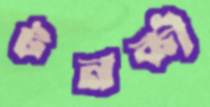
টনকী